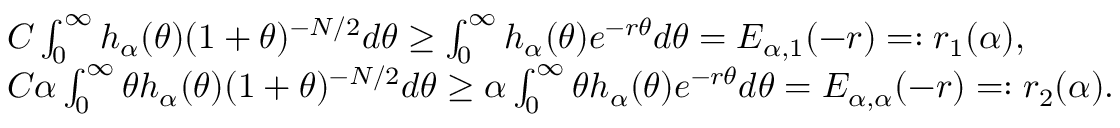
\begin{array} { r l } & { C \int _ { 0 } ^ { \infty } h _ { \alpha } ( \theta ) ( 1 + \theta ) ^ { - N / 2 } d \theta \ge \int _ { 0 } ^ { \infty } h _ { \alpha } ( \theta ) e ^ { - r \theta } d \theta = E _ { \alpha , 1 } ( - r ) = : r _ { 1 } ( \alpha ) , } \\ & { C \alpha \int _ { 0 } ^ { \infty } \theta h _ { \alpha } ( \theta ) ( 1 + \theta ) ^ { - N / 2 } d \theta \ge \alpha \int _ { 0 } ^ { \infty } \theta h _ { \alpha } ( \theta ) e ^ { - r \theta } d \theta = E _ { \alpha , \alpha } ( - r ) = : r _ { 2 } ( \alpha ) . } \end{array}